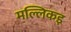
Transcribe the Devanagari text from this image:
मल्लिकइ